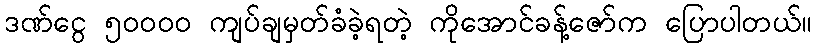
ဒဏ်ငွေ ၅ဝဝဝဝ ကျပ်ချမှတ်ခံခဲ့ရတဲ့ ကိုအောင်ခန့်ဇော်က ပြောပါတယ်။